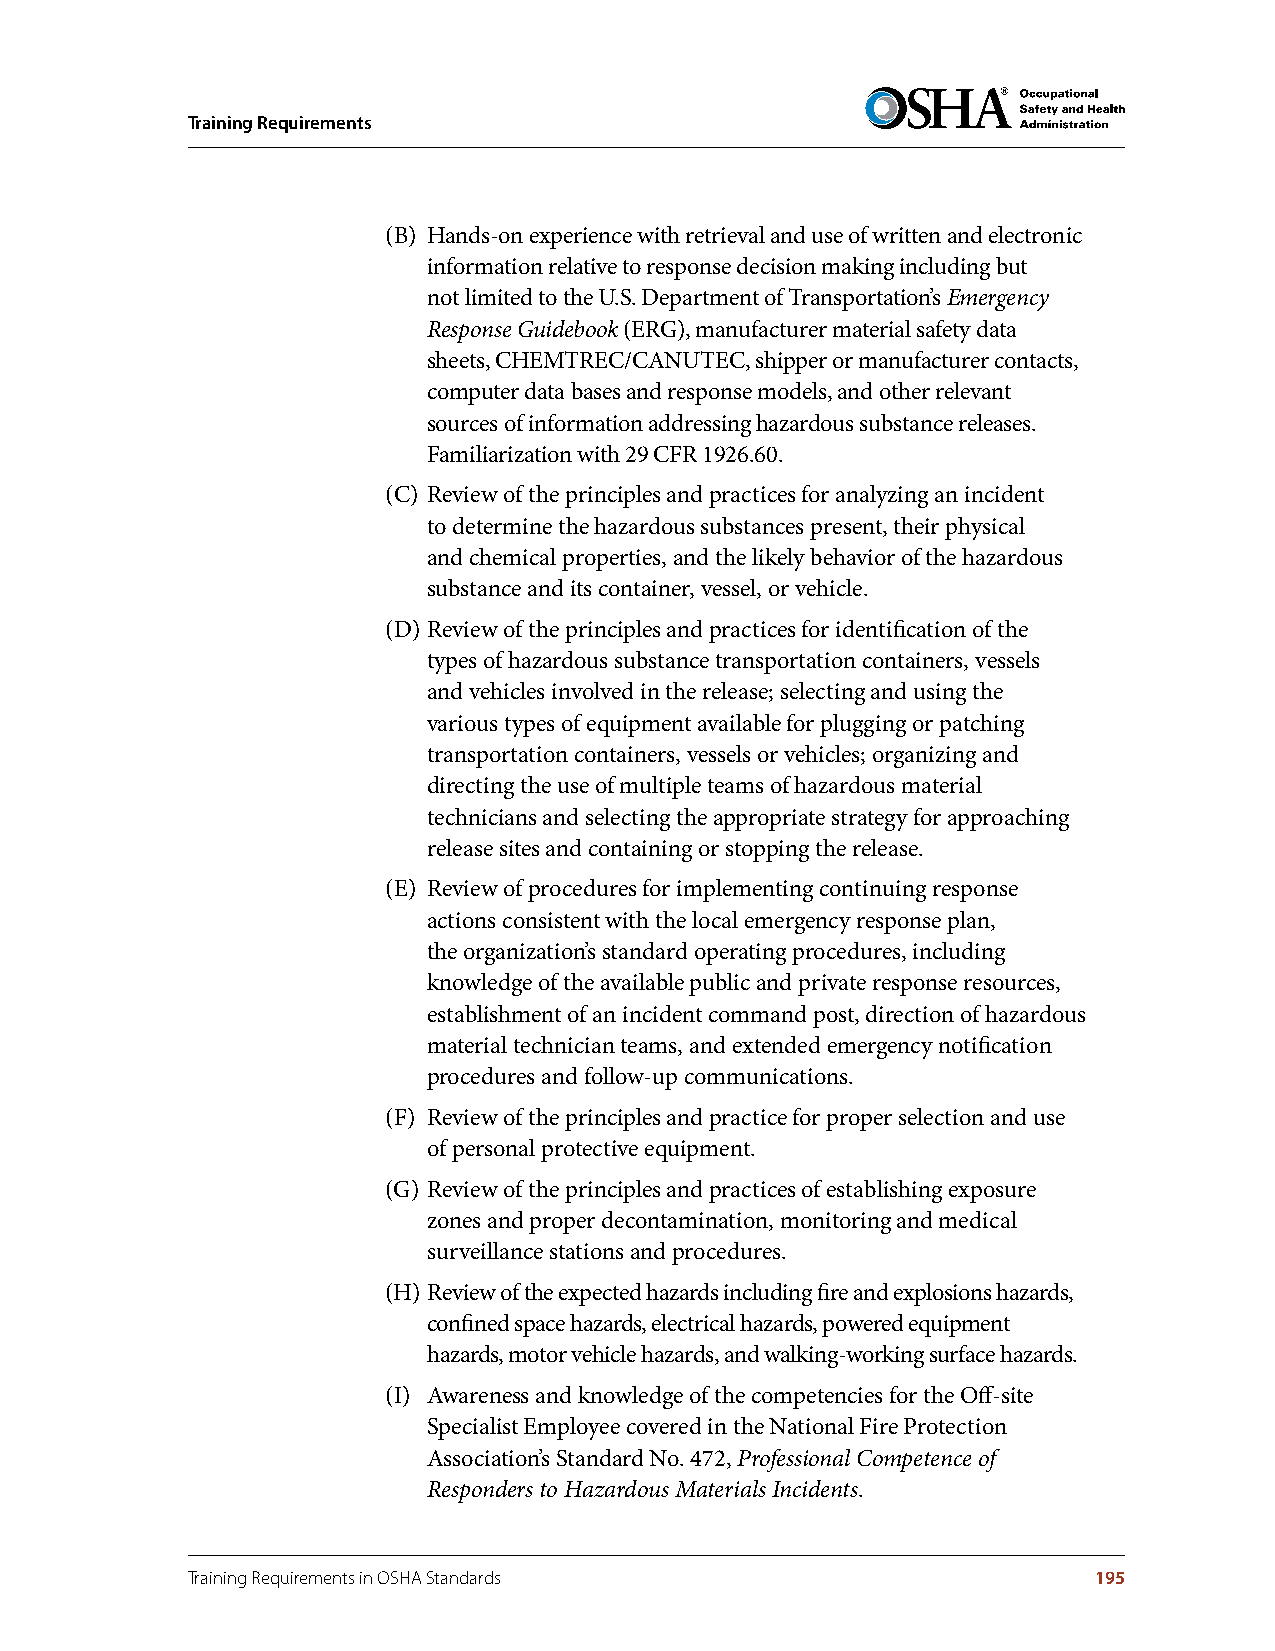
Training Requirements
 (B) Hands-on experience with retrieval and use of written and electronic
 information relative to response decision making including but
 not limited to the U.S. Department of Transportation’s Emergency
 Response Guidebook (ERG), manufacturer material safety data
 sheets, CHEMTREC/CANUTEC, shipper or manufacturer contacts,
 computer data bases and response models, and other relevant
 sources of information addressing hazardous substance releases.
 Familiarization with 29 CFR 1926.60.
 (C) Review of the principles and practices for analyzing an incident
 to determine the hazardous substances present, their physical
 and chemical properties, and the likely behavior of the hazardous
 substance and its container, vessel, or vehicle.
 (D) Review of the principles and practices for identification of the
 types of hazardous substance transportation containers, vessels
 and vehicles involved in the release; selecting and using the
 various types of equipment available for plugging or patching
 transportation containers, vessels or vehicles; organizing and
 directing the use of multiple teams of hazardous material
 technicians and selecting the appropriate strategy for approaching
 release sites and containing or stopping the release.
 (E) Review of procedures for implementing continuing response
 actions consistent with the local emergency response plan,
 the organization’s standard operating procedures, including
 knowledge of the available public and private response resources,
 establishment of an incident command post, direction of hazardous
 material technician teams, and extended emergency notification
 procedures and follow-up communications.
 (F) Review of the principles and practice for proper selection and use
 of personal protective equipment.
 (G) Review of the principles and practices of establishing exposure
 zones and proper decontamination, monitoring and medical
 surveillance stations and procedures.
 (H) Review of the expected hazards including fire and explosions hazards,
 confined space hazards, electrical hazards, powered equipment
 hazards, motor vehicle hazards, and walking-working surface hazards.
 (I) Awareness and knowledge of the competencies for the Off-site
 Specialist Employee covered in the National Fire Protection
 Association’s Standard No. 472, Professional Competence of
 Responders to Hazardous Materials Incidents.
 Training Requirements in OSHA Standards                     195